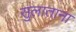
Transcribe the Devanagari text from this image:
सुलाताना